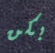
بكن